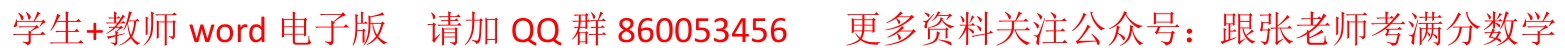
学生+教师word电子版 请加QQ群860053456 更多资料关注公众号：跟张老师考满分数学